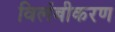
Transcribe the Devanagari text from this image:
विलंबीकरण